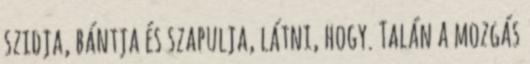
szidja, bántja és szapulja, látni, hogy. Talán a mozgás